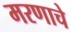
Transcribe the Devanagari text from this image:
मरणाचे